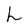
Character: L